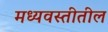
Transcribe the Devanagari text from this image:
मध्यवस्तीतील